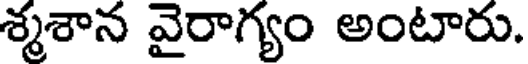
శ్మశాన వైరాగ్యం అంటారు.